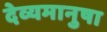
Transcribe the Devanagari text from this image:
देव्यमानुषा